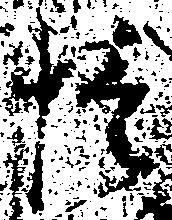
蜷